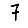
Digit: 7